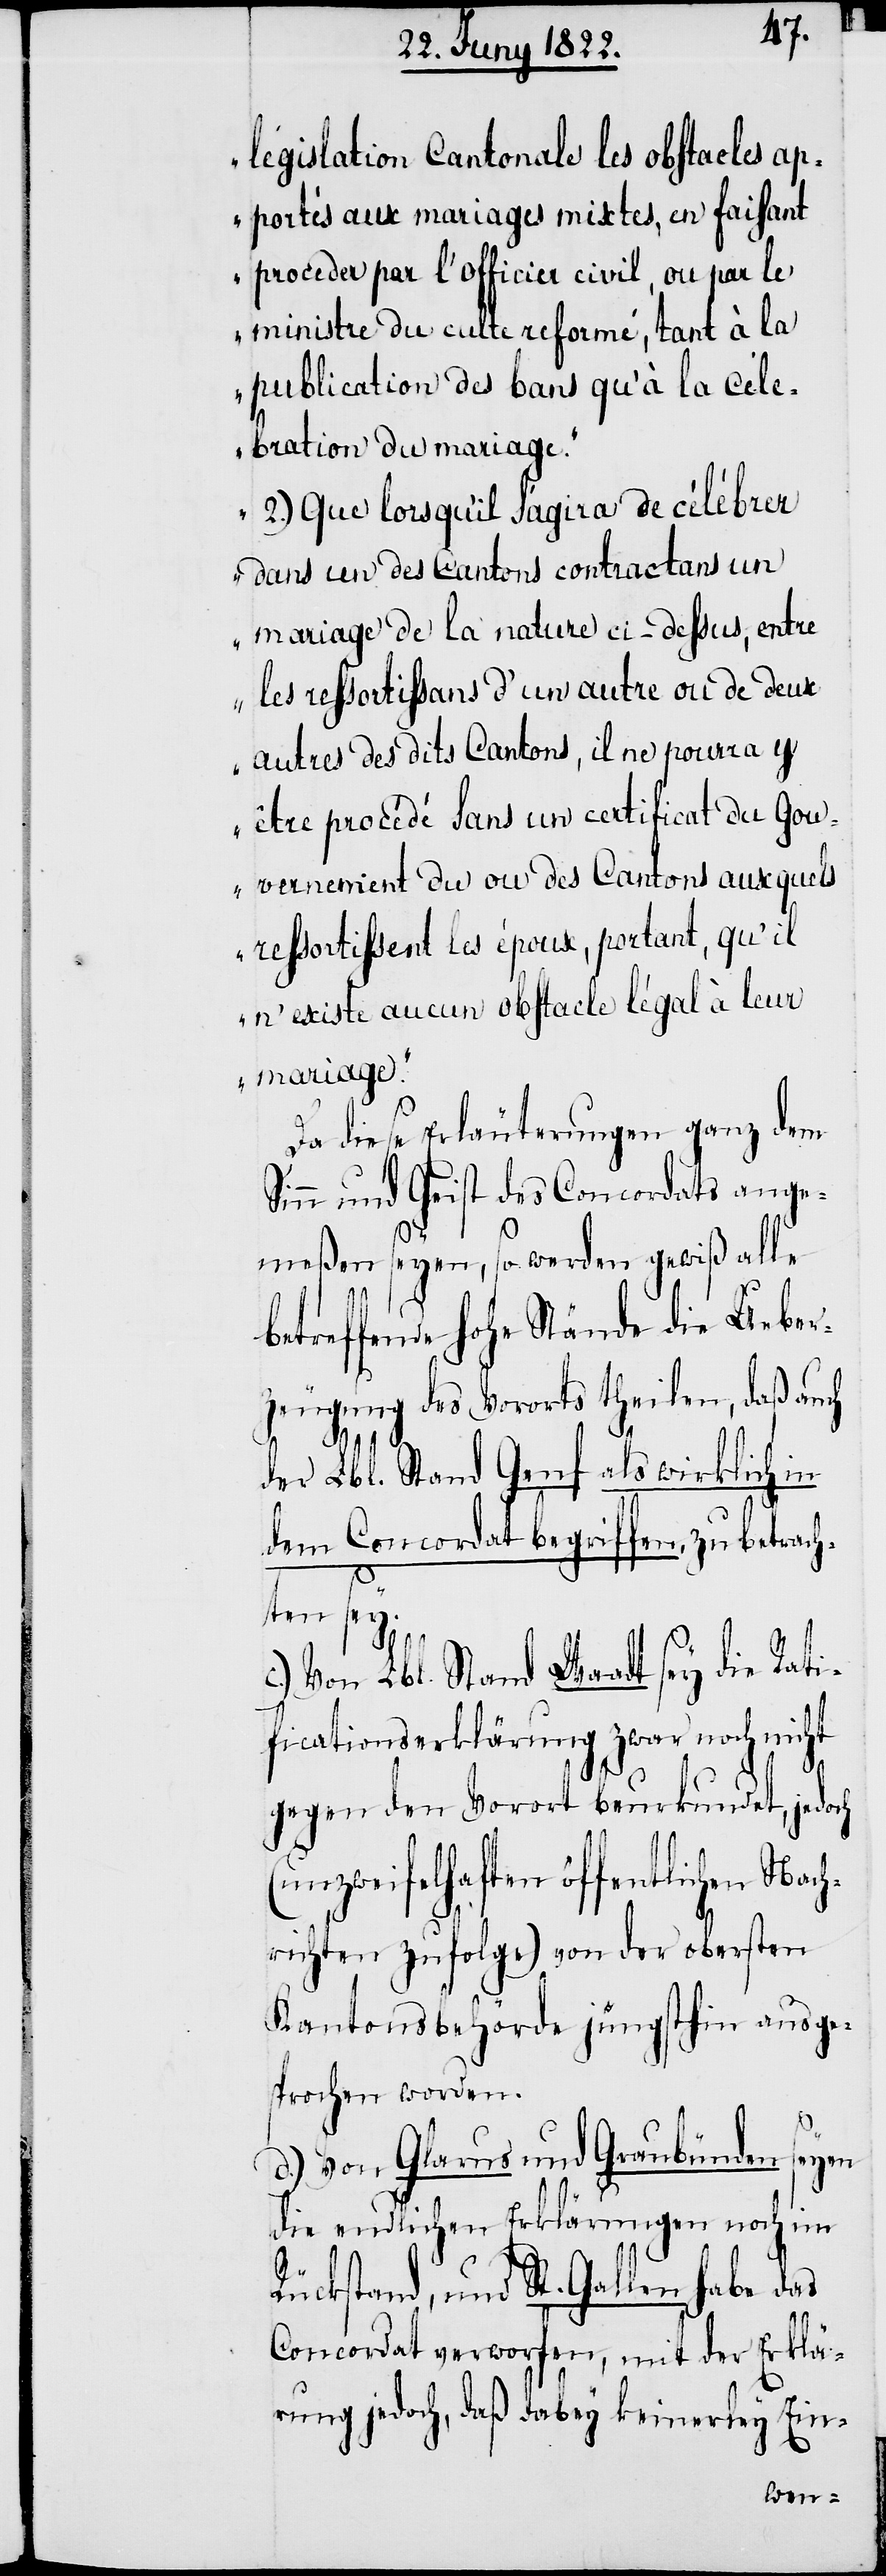
législation Cantonale les obstacles ap¬
portés aux mariages mixtes, en faisant
proceder par l’officier civil, ou par le
ministre du culte reformé, tant à la
publication des bans qu’ à la céle¬
bration du mariage.“
2.) „Que lorsqu’ il sagira de célébrer
dans un des Cantons contractans un
mariage de la nature ci-dessus, entre
les ressortissans d’un autre ou de deux
autres de dits Cantons, il ne pourra y
être procédé sans un certificat du gou¬
vernemént du ou des Cantons auxquels
ressortissent les époux, portant, qu’il
n’ existe aucun obstacle légal à leur
mariage.“
Da diese Erläuterungen ganz dem
Sinn und Geist des Concordats ange¬
meßen seyen, so werden gewiß alle
R¬
betreffende Hohe Stände die Ueber¬
zeugung des Vororts theilen, daß auch
der Lbl. Stand Genf als wirklich in
dem Concordat begriffen zu betrach¬
ten sey.
c.) Von Lbl. Stand Waadt sey die Rati¬
ficationserklärung zwar noch nicht
gegen den Vorort beurkundet, jedoch
(unzweifelhaften öffentlichen Nach¬
richten zufolge) von der obersten
Kantonsbehörde jüngsthin ausge¬
sprochen worden.
d.) Von Glarus und Graubünden seyen
die endlichen Erklärungen noch im
ückstand, und St. Gallen habe das
Concordat verworfen, mit der Erklä¬
rung jedoch, daß dabey keinerley Ein-